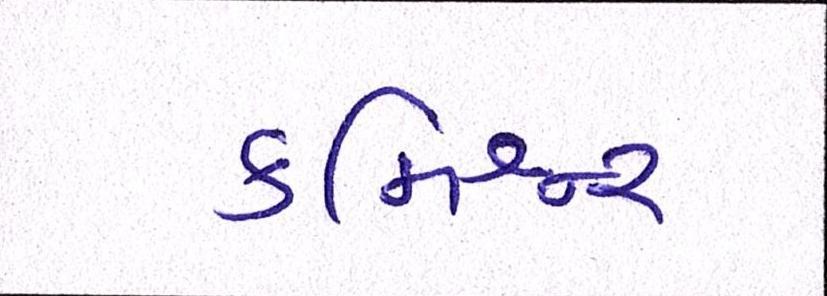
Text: કમિશ્નર